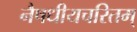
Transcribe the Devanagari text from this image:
नैषधीयचरितम्‌